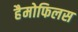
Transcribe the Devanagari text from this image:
हैमोफिलस